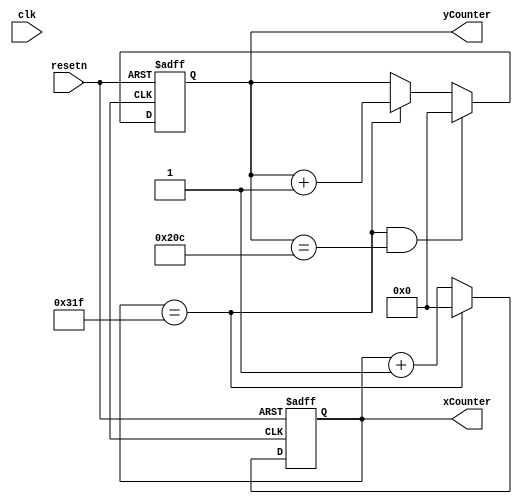
module draw_BK_control(
	 input clk,
    input resetn,
	 //input go(~KEY[3]),
	 output reg [9:0] xCounter, yCounter
    );
	 
	
    reg [2:0] current_state, next_state;

	 localparam	 S_LOAD_X        	= 3'd0,
                S_LOAD_Y        	= 3'd1,
                DRAW_SQUARE      = 3'd2;

    
    // Next state logic aka our state table
    always@(*)
    begin: state_table 
            case (current_state)
				
					S_LOAD_X: 			next_state = S_LOAD_Y; 		// Loop in current state until go signal goes low
					S_LOAD_Y: 			next_state = DRAW_SQUARE; 	// Loop in current state until go signal goes low
					DRAW_SQUARE: 		next_state = S_LOAD_X;
					 	 
            default:    next_state = S_LOAD_X;
        endcase
    end // state_table
   

    // Output logic aka all of our datapath control signals
	always @(*)
	begin: enable_signals
		// By default make all our signals 0
		ld_x <= 1'b0;
		ld_y <= 1'b0;
		plotOut <= 1'b0;
		
		case (current_state)
			
			DRAW_SQUARE: begin
				plotOut <= 1'b1;
				end
				
				
        // default:    // don't need default since we already made sure all of our outputs were assigned a value at the start of the always block
        endcase
    end // enable_signals
	 
	 
	parameter C_VERT_TOTAL_COUNT = 10'd525;
	parameter C_HORZ_TOTAL_COUNT = 10'd800;
		
	always @(posedge CLOCK_50 or negedge resetn)
	begin
		if (!resetn)
			xCounter <= 10'd0;
		else if (xCounter_clear)
			xCounter <= 10'd0;
		else
		begin
			xCounter <= xCounter + 1'b1;
		end
	end
	assign xCounter_clear = (xCounter == (C_HORZ_TOTAL_COUNT-1));

	/* A counter to scan vertically, indicating the row currently being drawn. */
	always @(posedge CLOCK_50 or negedge resetn)
	begin
		if (!resetn)
			yCounter <= 10'd0;
		else if (xCounter_clear && yCounter_clear)
			yCounter <= 10'd0;
		else if (xCounter_clear)		//Increment when x counter resets
			yCounter <= yCounter + 1'b1;
	end
	assign yCounter_clear = (yCounter == (C_VERT_TOTAL_COUNT-1)); 
	
	/* Convert the xCounter/yCounter location from screen pixels (640x480) to our
	 * local dots (160x120). Here we effectively divide x/y coordinate by 4,*/

   
    // current_state registers
    always@(posedge clk)
    begin: state_FFs
        if(!resetn)
            current_state <= S_LOAD_X;
				
		  else
            current_state <= next_state;
    end // state_FFS
endmodule